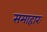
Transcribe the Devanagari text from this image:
समाहारः